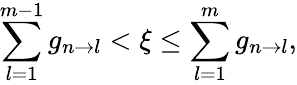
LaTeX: \sum_{l=1}^{m-1}g_{n\rightarrow l}<\xi\leq\sum_{l=1}^{m}g_{n\rightarrow l},